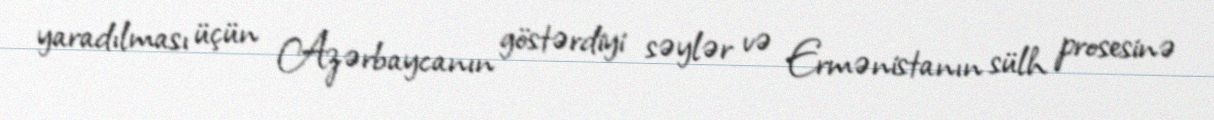
yaradılması üçün Azərbaycanın göstərdiyi səylər və Ermənistanın sülh prosesinə